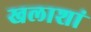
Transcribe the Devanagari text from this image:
खलाशां